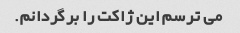
می ترسم این ژاکت را برگردانم.